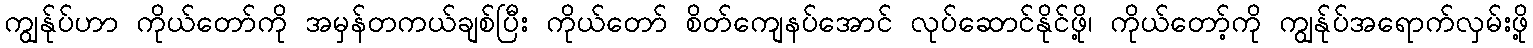
ကျွန်ုပ်ဟာ ကိုယ်တော်ကို အမှန်တကယ်ချစ်ပြီး ကိုယ်တော် စိတ်ကျေနပ်အောင် လုပ်ဆောင်နိုင်ဖို့၊ ကိုယ်တော့်ကို ကျွန်ုပ်အရောက်လှမ်းဖို့